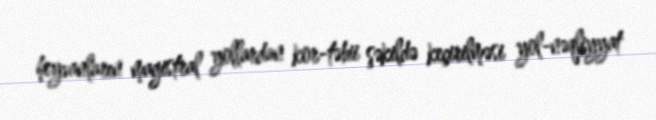
heyvanların magistral yollardan kor-təbii şəkildə keçirilməsi yol-nəqliyyat